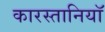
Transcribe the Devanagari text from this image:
कारस्तानियॉ